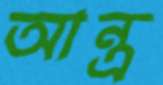
আন্ত্র